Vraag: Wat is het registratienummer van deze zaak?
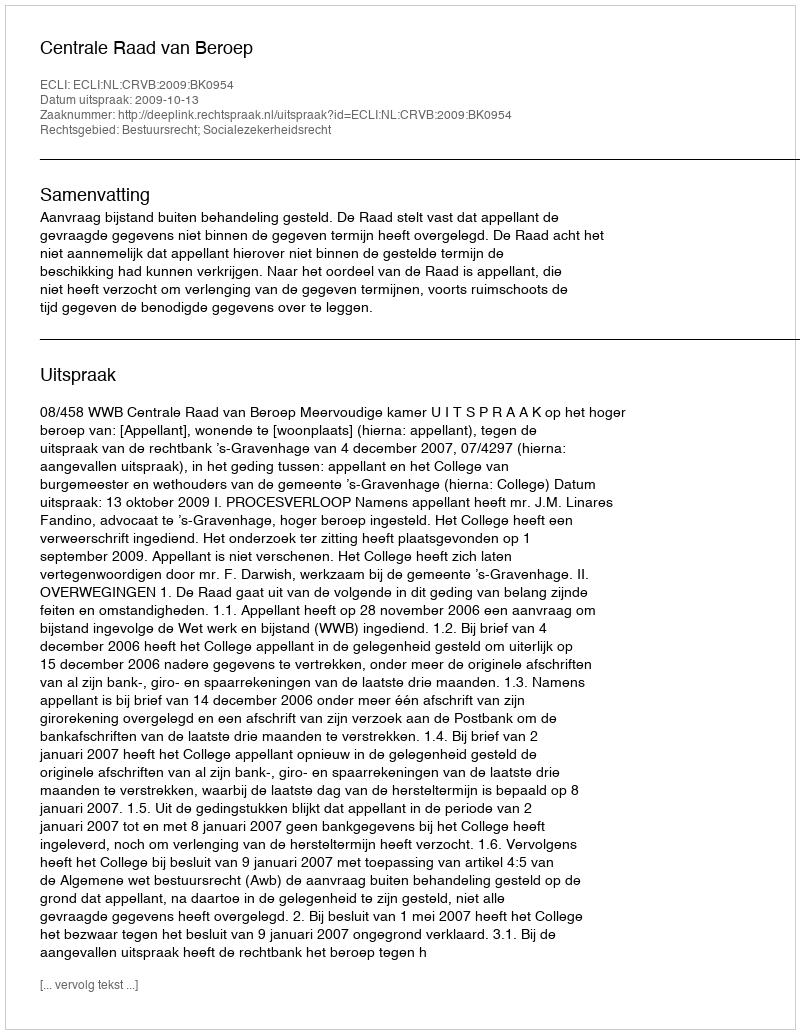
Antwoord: http://deeplink.rechtspraak.nl/uitspraak?id=ECLI:NL:CRVB:2009:BK0954